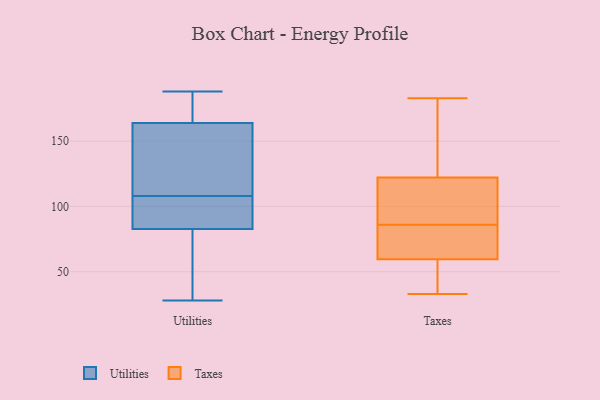
{"axis": {"x": "Demand Index", "y": "Value"}, "legend": ["Taxes", "Utilities"], "data": [{"x": "", "y": 185, "type": "Utilities"}, {"x": "", "y": 188, "type": "Utilities"}, {"x": "", "y": 170, "type": "Utilities"}, {"x": "", "y": 28, "type": "Utilities"}, {"x": "", "y": 46, "type": "Utilities"}, {"x": "", "y": 118, "type": "Utilities"}, {"x": "", "y": 120, "type": "Utilities"}, {"x": "", "y": 108, "type": "Utilities"}, {"x": "", "y": 52, "type": "Utilities"}, {"x": "", "y": 162, "type": "Utilities"}, {"x": "", "y": 93, "type": "Utilities"}, {"x": "", "y": 99, "type": "Utilities"}, {"x": "", "y": 107, "type": "Utilities"}, {"x": "", "y": 104, "type": "Taxes"}, {"x": "", "y": 75, "type": "Taxes"}, {"x": "", "y": 90, "type": "Taxes"}, {"x": "", "y": 55, "type": "Taxes"}, {"x": "", "y": 61, "type": "Taxes"}, {"x": "", "y": 122, "type": "Taxes"}, {"x": "", "y": 123, "type": "Taxes"}, {"x": "", "y": 71, "type": "Taxes"}, {"x": "", "y": 162, "type": "Taxes"}, {"x": "", "y": 183, "type": "Taxes"}, {"x": "", "y": 86, "type": "Taxes"}, {"x": "", "y": 43, "type": "Taxes"}, {"x": "", "y": 33, "type": "Taxes"}]}